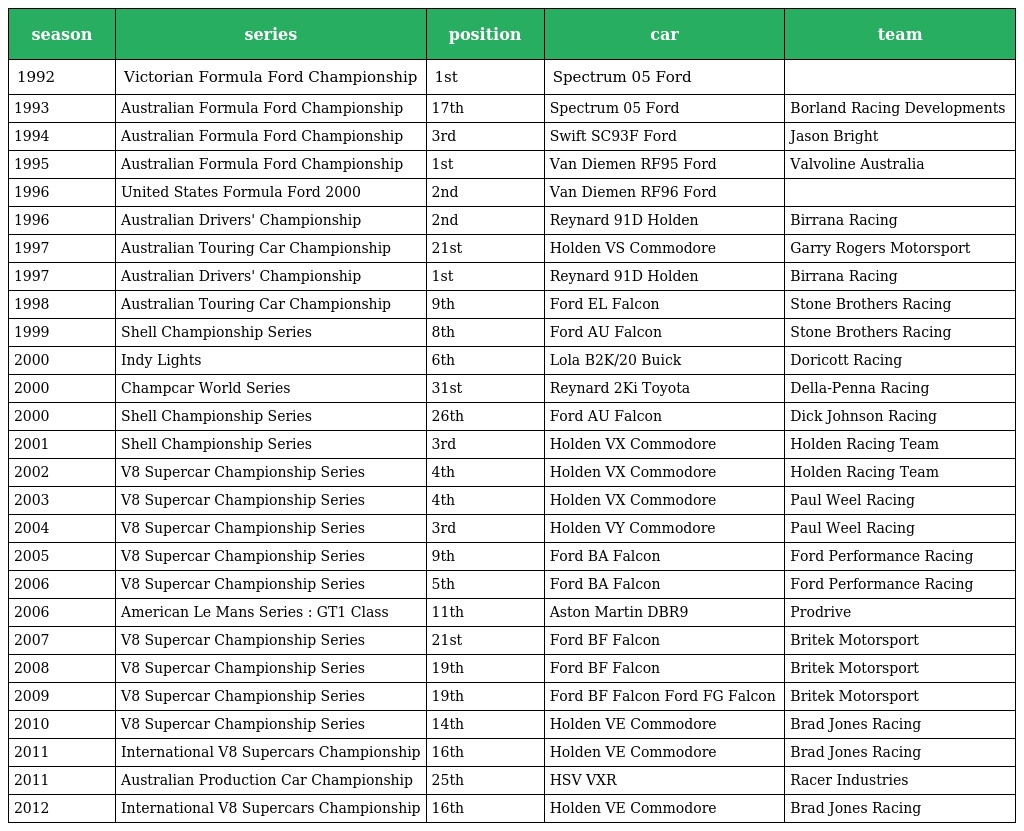
| season | series | position | car | team |
 | --- | --- | --- | --- | --- |
 | 1992 | Victorian Formula Ford Championship | 1st | Spectrum 05 Ford |  |
 | 1993 | Australian Formula Ford Championship | 17th | Spectrum 05 Ford | Borland Racing Developments |
 | 1994 | Australian Formula Ford Championship | 3rd | Swift SC93F Ford | Jason Bright |
 | 1995 | Australian Formula Ford Championship | 1st | Van Diemen RF95 Ford | Valvoline Australia |
 | 1996 | United States Formula Ford 2000 | 2nd | Van Diemen RF96 Ford |  |
 | 1996 | Australian Drivers' Championship | 2nd | Reynard 91D Holden | Birrana Racing |
 | 1997 | Australian Touring Car Championship | 21st | Holden VS Commodore | Garry Rogers Motorsport |
 | 1997 | Australian Drivers' Championship | 1st | Reynard 91D Holden | Birrana Racing |
 | 1998 | Australian Touring Car Championship | 9th | Ford EL Falcon | Stone Brothers Racing |
 | 1999 | Shell Championship Series | 8th | Ford AU Falcon | Stone Brothers Racing |
 | 2000 | Indy Lights | 6th | Lola B2K/20 Buick | Doricott Racing |
 | 2000 | Champcar World Series | 31st | Reynard 2Ki Toyota | Della-Penna Racing |
 | 2000 | Shell Championship Series | 26th | Ford AU Falcon | Dick Johnson Racing |
 | 2001 | Shell Championship Series | 3rd | Holden VX Commodore | Holden Racing Team |
 | 2002 | V8 Supercar Championship Series | 4th | Holden VX Commodore | Holden Racing Team |
 | 2003 | V8 Supercar Championship Series | 4th | Holden VX Commodore | Paul Weel Racing |
 | 2004 | V8 Supercar Championship Series | 3rd | Holden VY Commodore | Paul Weel Racing |
 | 2005 | V8 Supercar Championship Series | 9th | Ford BA Falcon | Ford Performance Racing |
 | 2006 | V8 Supercar Championship Series | 5th | Ford BA Falcon | Ford Performance Racing |
 | 2006 | American Le Mans Series : GT1 Class | 11th | Aston Martin DBR9 | Prodrive |
 | 2007 | V8 Supercar Championship Series | 21st | Ford BF Falcon | Britek Motorsport |
 | 2008 | V8 Supercar Championship Series | 19th | Ford BF Falcon | Britek Motorsport |
 | 2009 | V8 Supercar Championship Series | 19th | Ford BF Falcon Ford FG Falcon | Britek Motorsport |
 | 2010 | V8 Supercar Championship Series | 14th | Holden VE Commodore | Brad Jones Racing |
 | 2011 | International V8 Supercars Championship | 16th | Holden VE Commodore | Brad Jones Racing |
 | 2011 | Australian Production Car Championship | 25th | HSV VXR | Racer Industries |
 | 2012 | International V8 Supercars Championship | 16th | Holden VE Commodore | Brad Jones Racing |